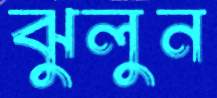
ঝুলুন